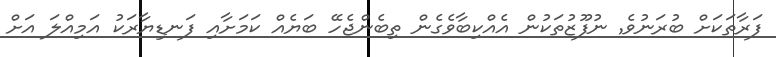
ފަރާތަކަށް ބުރަނުވެ